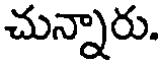
చున్నారు.